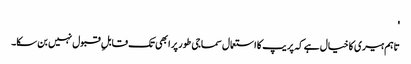
'
تاہم ہیری کا خیال ہے کہ پریپ کا استعمال سماجی طور پر ابھی تک قابلِ قبول نہیں بن سکا۔